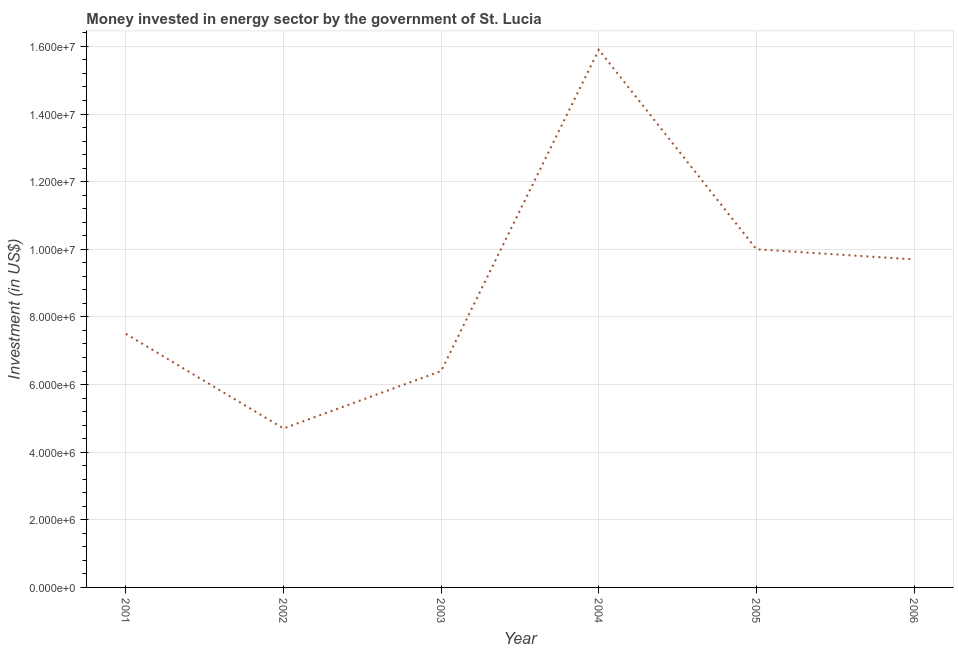
| Year | Investment in energy with private participation (current US$) |
 | --- | --- |
 | 2001 | 7.5e+06 |
 | 2002 | 4.7e+06 |
 | 2003 | 6.4e+06 |
 | 2004 | 1.59e+07 |
 | 2005 | 1e+07 |
 | 2006 | 9.7e+06 |